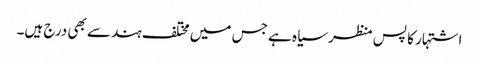
اشتہار کا پس منظر سیاہ ہے جس میں مختلف ہندسے بھی درج ہیں۔